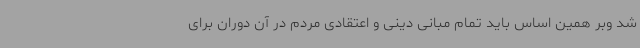
شد وبر همین اساس باید تمام مبانی دینی و اعتقادی مردم در آن دوران برای